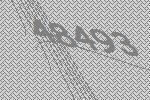
48493